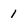
Character: 1